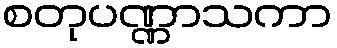
စတုပဏ္ဏာသကာ